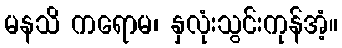
မနသိ ကရောမ၊ နှလုံးသွင်းကုန်အံ့။